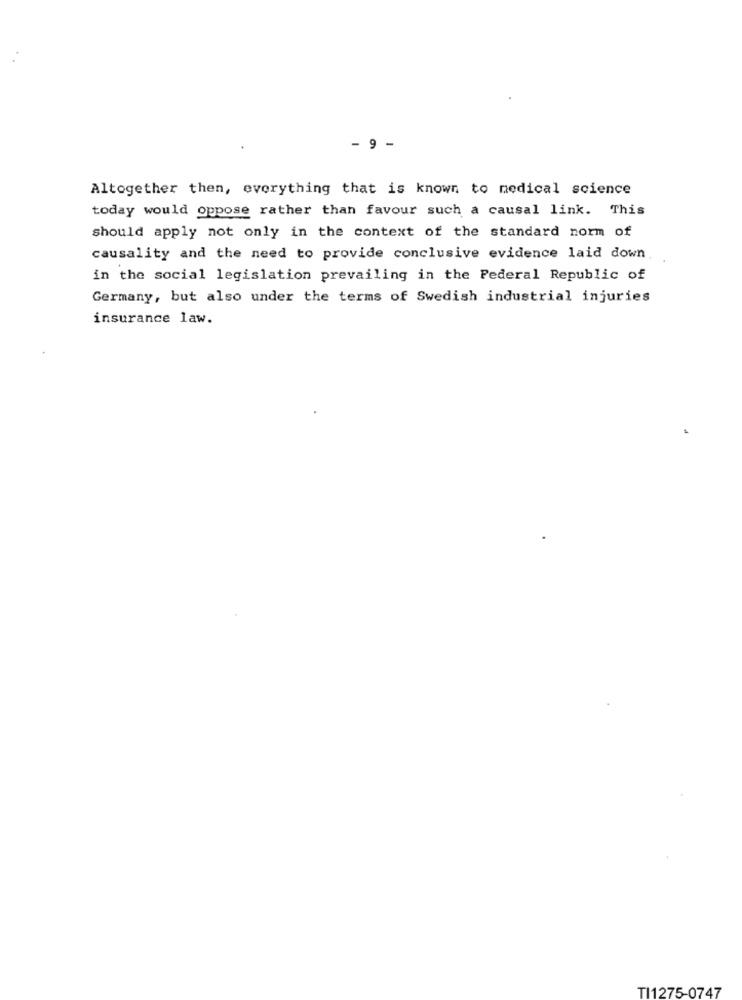
- 9 -
Altogether then, everything that is known to medical science
today would oppose rather than favour such a causal link. This
should apply not only in the context of the standard norm of
causality and the need to provide conclusive evidence laid down.
in the social legislation prevailing in the Federal Republic of
Germany, but also under the terms of Swedish industrial injuries
insurance law.
TI1275-0747